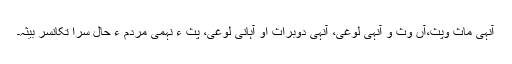
آنہی ماث وپث،آں وث و آنہی لوغی، آنہی دوبراث او آہانی لوغی، پث ءِ نہمی مردم ءِ حال سرا تکانسر بیثہ۔